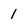
Character: 1